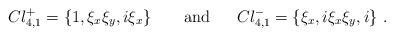
LaTeX: \begin{align*}Cl_{4,1}^{+} = \{ 1,\xi_x \xi_y, i \xi_x \}~~~~~~\mbox{and} ~~~~~Cl_{4,1}^{-} = \{ \xi_x, i\xi_x \xi_y , i \}~.\end{align*}